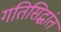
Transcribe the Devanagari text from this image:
गतिसिद्धांत